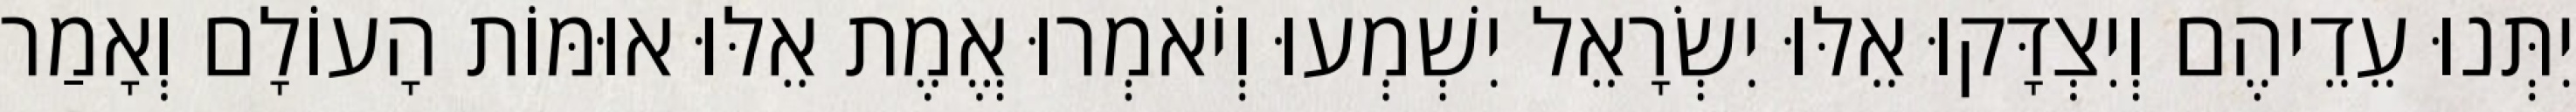
יִתְּנוּ עֵדֵיהֶם וְיִצְדָּקוּ אֵלּוּ יִשְׂרָאֵל יִשְׁמְעוּ וְיֹאמְרוּ אֱמֶת אֵלּוּ אוּמּוֹת הָעוֹלָם וְאָמַר